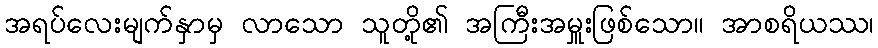
အရပ်လေးမျက်နှာမှ လာသော သူတို့၏ အကြီးအမှူးဖြစ်သော။ အာစရိယဿ၊